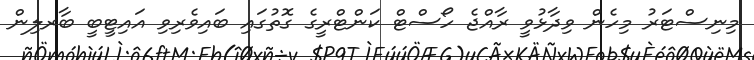
މިނިސްޓަރު މިހެން ވިދާޅުވީ ރާއްޖެ ހޯސްޓް ކަންޓްރީގެ ގޮތުގައި ބައިވެރިވި އައިޓީބީ ބާރލިން